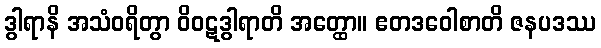
ဒွါရာနိ အသံဝရိတွာ ဝိဝဋဒွါရာတိ အတ္ထော။ ဧတဒဝေါစာတိ ဇနပဒဿ